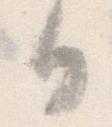
日